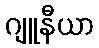
ဂျူနီယာ